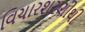
વિચારશરણીથી